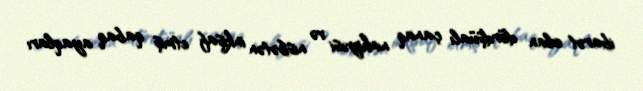
ibarət olan dördşüalı çanaq nahiyəsi və nisbətən inkişaf etmiş qabaq ayaqları